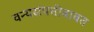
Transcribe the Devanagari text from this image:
वन्यसंपत्तीबाबत